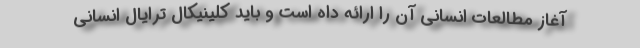
آغاز مطالعات انسانی آن را ارائه داه است و باید کلینیکال ترایال انسانی